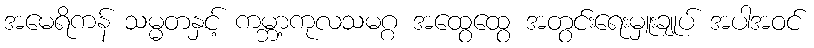
အမေရိကန် သမ္မတနှင့် ကမ္ဘာ့ကုလသမဂ္ဂ အထွေထွေ အတွင်းရေးမှူးချုပ် အပါအဝင်